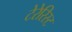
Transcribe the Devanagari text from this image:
टेरेरिस्ट